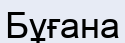
Бұғана